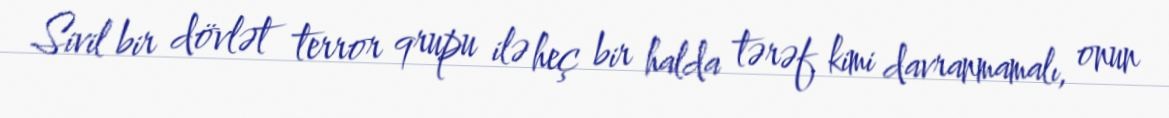
Sivil bir dövlət terror qrupu ilə heç bir halda tərəf kimi davranmamalı, onun